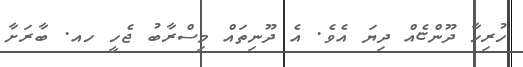
ހުރިހާ ދޫންޏެއް ދިޔަ އެވެ. އެ ދޫނިތައް މިސްރާބު ޖެހީ ހއ. ބާރަށާ